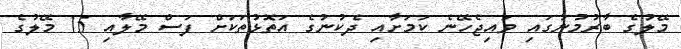
މޭލުގެ ބާރުމުނުގައި ވައިޖެހޭނެ ކަމަށާއި ދެކުނުގެ އަތޮޅުތަކަށް ފަސް މޭލާއި 15 މޭލުގެ